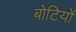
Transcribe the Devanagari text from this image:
बोटियों